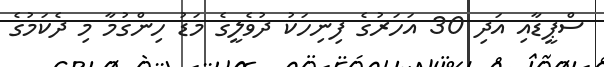
ސްޕީޑާއި އަދި 30 އަހަރުގެ ފިނިހަކު ދުވެލީގެ މަޑު ހިންގުމާ މި ދެކަމުގެ